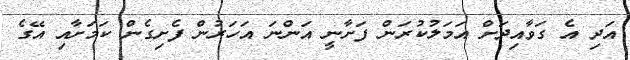
އަދި އެ ގަވާއިދަށް އަމަލުކުރަން ފަށާނީ އަންނަ އަހަރުން ފެށިގެން ކަމަށާއި އޭގެ